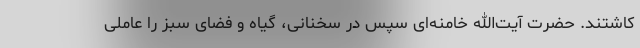
کاشتند. حضرت آیت‌الله خامنه‌ای سپس در سخنانی، گیاه و فضای سبز را عاملی